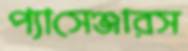
প্যাসেঞ্জারস